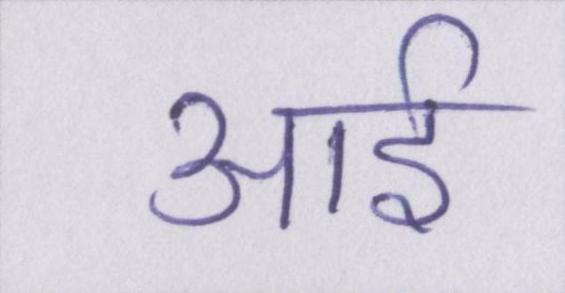
आई